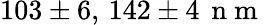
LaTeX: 103\pm 6,\, 142\pm 4\, \mathrm{~n~m~}